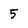
Character: 5